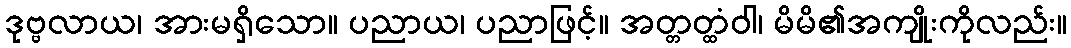
ဒုဗ္ဗလာယ၊ အားမရှိသော။ ပညာယ၊ ပညာဖြင့်။ အတ္တတ္ထံဝါ၊ မိမိ၏အကျိုးကိုလည်း။